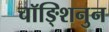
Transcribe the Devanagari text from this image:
चॉङ्शिनुन